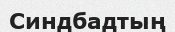
Синдбадтың